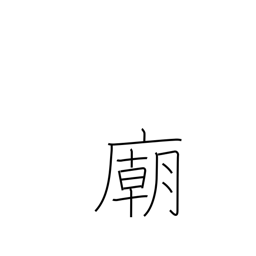
Meaning: mausoleum